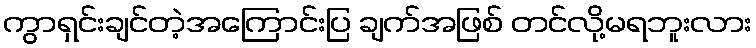
ကွာရှင်းချင်တဲ့အကြောင်းပြ ချက်အဖြစ် တင်လို့မရဘူးလား